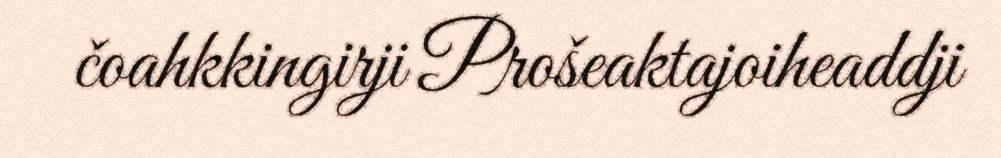
čoahkkingirji Prošeaktajoiheaddji